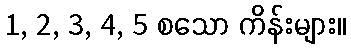
1, 2, 3, 4, 5 စသော ကိန်းများ။